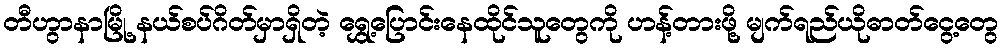
တီဟွာနာမြို့ နယ်စပ်ဂိတ်မှာရှိတဲ့ ရွှေ့ပြောင်းနေထိုင်သူတွေကို ဟန့်တားဖို့ မျက်ရည်ယိုဓာတ်ငွေ့တွေ